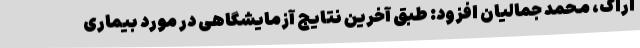
اراک، محمد جمالیان افزود: طبق آخرین نتایج آزمایشگاهی در مورد بیماری